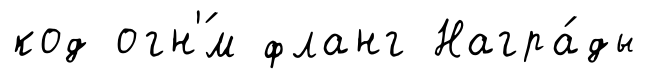
код огн'́м фланг Награ́ды